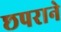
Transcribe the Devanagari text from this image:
छपराने